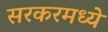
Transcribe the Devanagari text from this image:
सरकरमध्ये